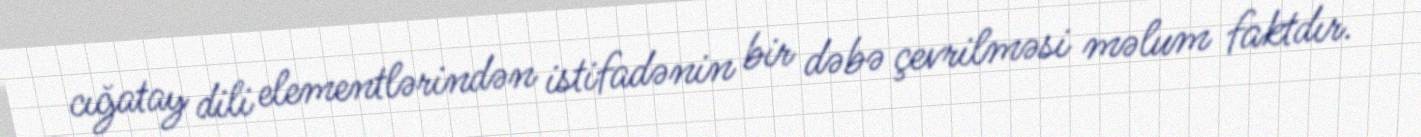
cığatay dili elementlərindən istifadənin bir dəbə çevrilməsi məlum faktdır.